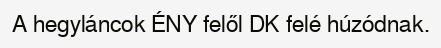
A hegyláncok ÉNY felől DK felé húzódnak.